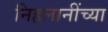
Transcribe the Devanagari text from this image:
निहलानींच्या